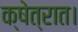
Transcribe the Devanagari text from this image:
क्षेत्रात।